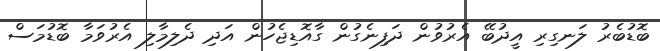
ބޮޑުބެރު ލަނގިރި އީދުބޭ އެރުވުން ދަފިނެގުން ގާއޮޑިޖެހުން އަދި ދެލިމާލި އެރުވަމާ ބޮޑުމަސް